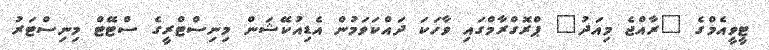
ޓީވީއެމްގެ "ރާއްޖެ މިއަދު" ޕްރޮގްރާމްގައި ވާހަކަ ދައްކަވަމުން އެޑިއުކޭޝަން މިނިސްޓްރީގެ ސްޓޭޓް މިނިސްޓަރު